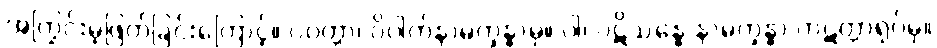
အကြွင်းမဲ့ဖြတ်ခြင်းကြောင့်။ ပဝတ္တာ၊ ဝိပါက်နာမက္ခန္ဓာမှ။ ဝါ၊ ပဋိသန္ဓေ နာမက္ခန္ဓာ ကဋတ္တာရုပ်မှ။